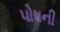
પોષની